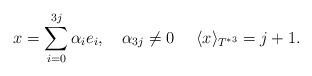
LaTeX: \begin{align*} x= \sum_{i=0}^{3j}\alpha_{i}e_{i},\quad\alpha_{3j}\neq 0\quad~\langle x\rangle_{T^{*3}}=j+1. \end{align*}